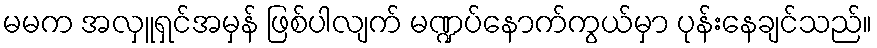
မမက အလှူရှင်အမှန် ဖြစ်ပါလျက် မဏ္ဍပ်နောက်ကွယ်မှာ ပုန်းနေချင်သည်။